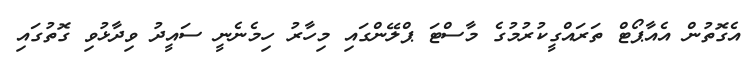
އެގޮތުން އެއާޕޯޓް ތަރައްގީކުރުމުގެ މާސްޓަ ޕްލޭންގައި މިހާރު ހިމެނެނީ ސައީދު ވިދާޅުވި ގޮތުގައި